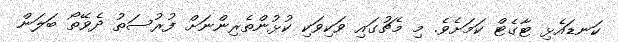
ކަނޑައެޅި ޓާގެޓް ކަމަށެވެ. މި މެޗުގައި ވަކިވަކި ކުޅުންތެރިންނަށް ފުރުސަތު ދެވޭތޯ ބަލަން